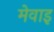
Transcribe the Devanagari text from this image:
मेवाइ